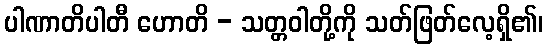
ပါဏာတိပါတီ ဟောတိ - သတ္တဝါတို့ကို သတ်ဖြတ်လေ့ရှိ၏၊